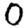
Digit: 0